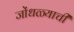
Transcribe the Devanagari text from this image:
जोंधळ्याची